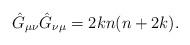
LaTeX: \begin{align*}\hat{G}_{\mu\nu}\hat{G}_{\nu\mu}=2kn(n+2k). \end{align*}